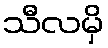
သီလမှိ